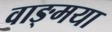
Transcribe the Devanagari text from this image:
वाङ्मया